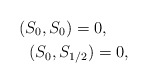
\begin{align*}(S_0, S_0)=0, \ \ \ \ \\ (S_0, S_{1/2})=0,\end{align*}